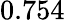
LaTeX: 0.754